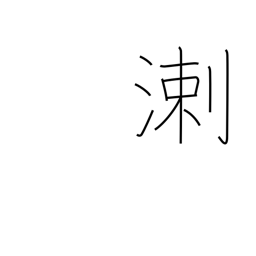
Meaning: biased